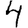
Digit: 4